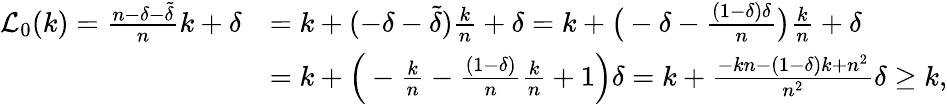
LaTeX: \begin{array}{rl}{{\mathcal{L}}_{0}(k)=\frac{n-\delta-{\widetilde{\delta}}}{n}k+\delta}&{=k+(-\delta-{\widetilde{\delta}})\frac{k}{n}+\delta=k+\big(-\delta-\frac{(1-\delta)\delta}{n}\big)\frac{k}{n}+\delta}\\ &{=k+\Big(-\frac{k}{n}-\frac{(1-\delta)}{n}\frac{k}{n}+1\Big)\delta=k+\frac{-kn-(1-\delta)k+n^{2}}{n^{2}}\delta\ge k,}\end{array}